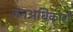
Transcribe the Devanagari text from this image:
जनअधिकारों